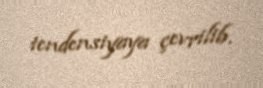
tendensiyaya çevrilib.